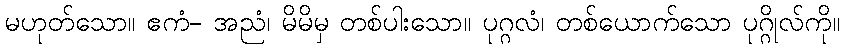
မဟုတ်သော။ ဧကံ- အညံ၊ မိမိမှ တစ်ပါးသော။ ပုဂ္ဂလံ၊ တစ်ယောက်သော ပုဂ္ဂိုလ်ကို။